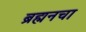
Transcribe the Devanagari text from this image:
ब्रह्मनचा